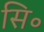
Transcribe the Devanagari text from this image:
सि॰